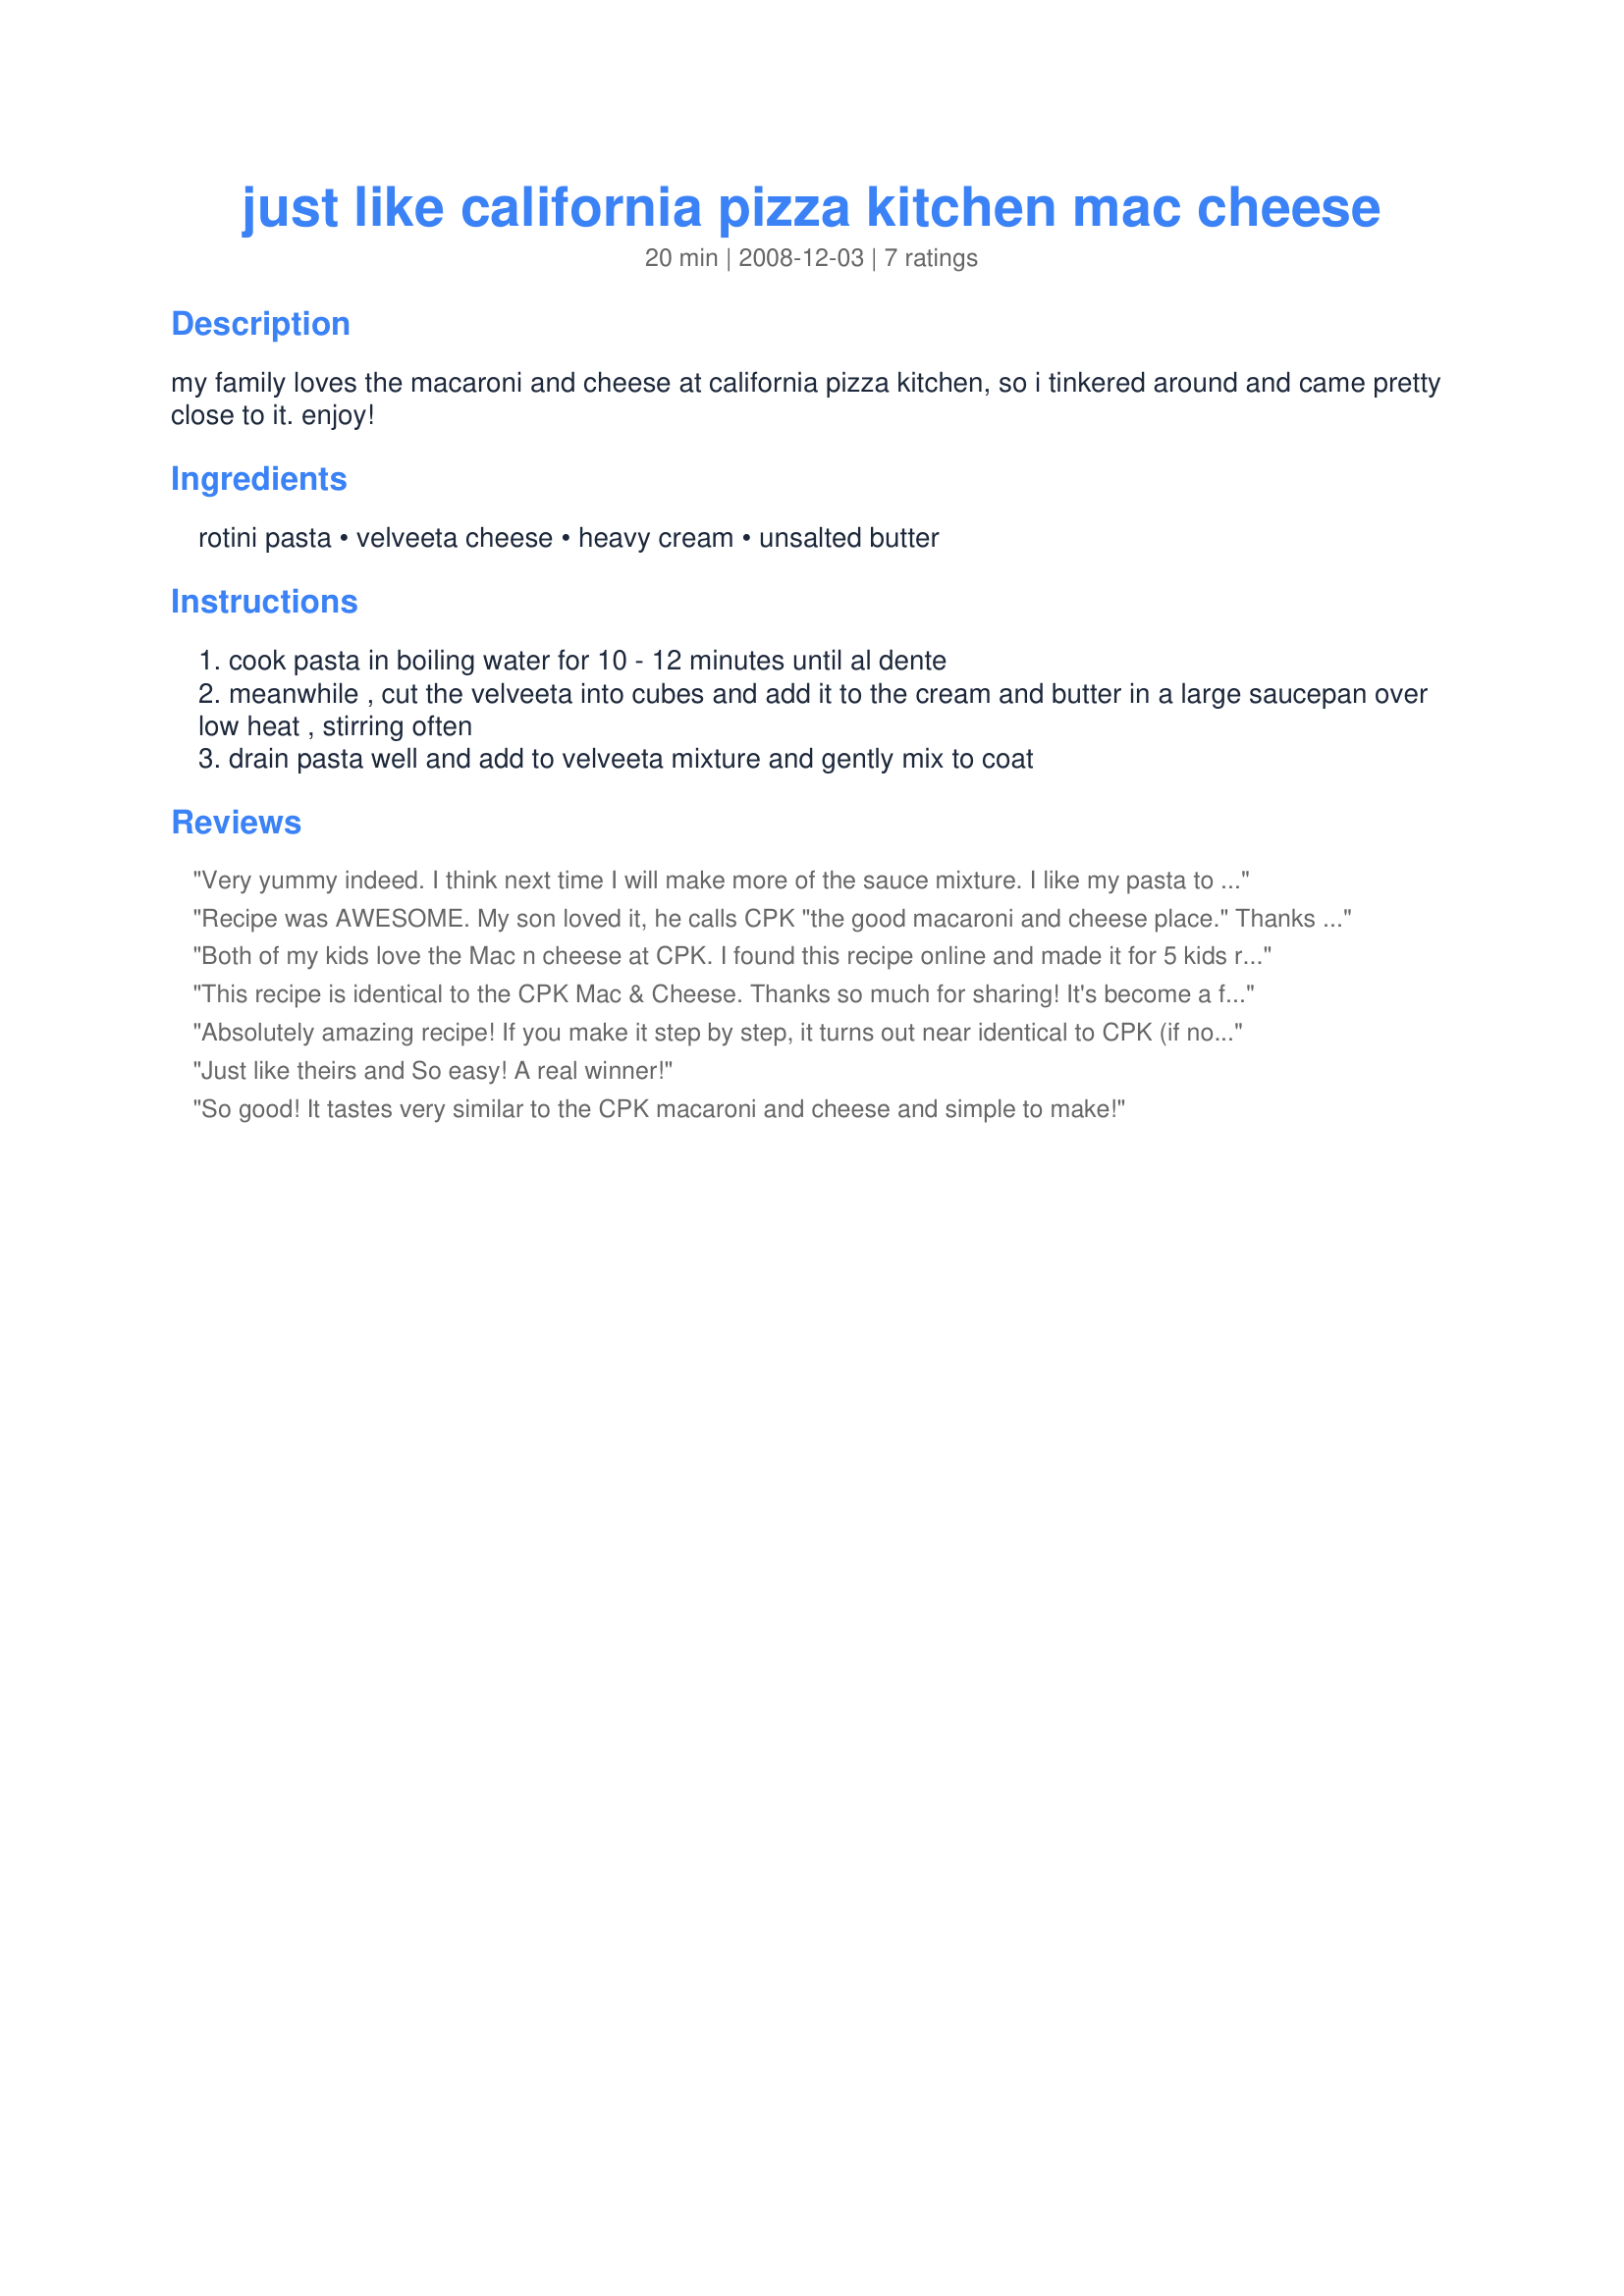
just like california pizza kitchen mac cheese
Preparation time: 20 minutes

my family loves the macaroni and cheese at california pizza kitchen, so i tinkered around and came pretty close to it. enjoy!

Ingredients:
rotini pasta, velveeta cheese, heavy cream, unsalted butter

Steps:
cook pasta in boiling water for 10 - 12 minutes until al dente
meanwhile , cut the velveeta into cubes and add it to the cream and butter in a large saucepan over low heat , stirring often
drain pasta well and add to velveeta mixture and gently mix to coat

Reviews:
Very yummy indeed. I think next time I will make more of the sauce mixture. I like my pasta to drown in the cheesy part. My husband and kids thought it was perfect though. Thanks for the recipe!!!!
Recipe was AWESOME. My son loved it, he calls CPK "the good macaroni and cheese place." Thanks now I can make it home!
Both of my kids love the Mac n cheese at CPK. I found this recipe online and made it for 5 kids ranging from 2-8 Yrs old. for a sleepover that they had. They ate the entire pound of pasta. They couldn't get enough of it. My kids said it tastes just like CPK's. Fast, easy, and tasty.
This recipe is identical to the CPK Mac & Cheese. Thanks so much for sharing! It's become a family favorite for our dinner table or as comfort food on cold days!
Absolutely amazing recipe! If you make it step by step, it turns out near identical to CPK (if not better). Recently, I've began adding 1 cup of cheddar and then baking it in a dish covered in more cheddar. Adds a little more sophistication and is SO good! Will continue to make this recipe at least once a week.
Just like theirs and So easy! A real winner!
So good! It tastes very similar to the CPK macaroni and cheese and simple to make!
